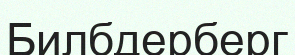
Билбдерберг